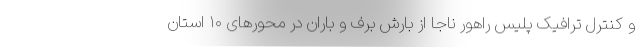
و کنترل ترافیک پلیس راهور ناجا از بارش برف و باران در محورهای ۱۰ استان